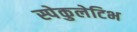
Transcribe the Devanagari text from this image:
स्पेकुलेटिभ